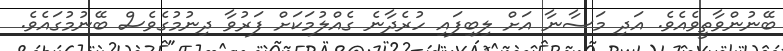
ބޭނުންވާތީވެއެވެ. އަދި މަސާނާ އަށް ލިބިފައި ހުރެދާނެ ގެއްލުމަކަށް ފަރުވާ ދިނުމުގެވެސް ބޭނުމުގައެވެ.